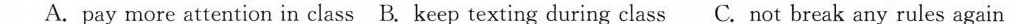
A.pay more attention in class B.Keep texting during class C.Not break any rules again